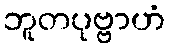
ဘူတပုဗ္ဗာဟံ